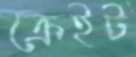
ক্রেইট